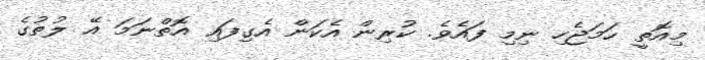
މިއޮތީ ހަމަޖެހި ނިމި ފައެވެ. ކުރިން އެކަން އެގިފައި އޮތްނަމަ އޭ ލުތުގެ